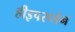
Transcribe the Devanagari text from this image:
हीइपरप्लेन